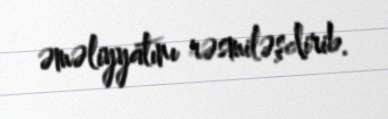
əməliyyatını rəsmiləşdirib.